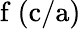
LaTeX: \mathrm{f\ (c/a)}